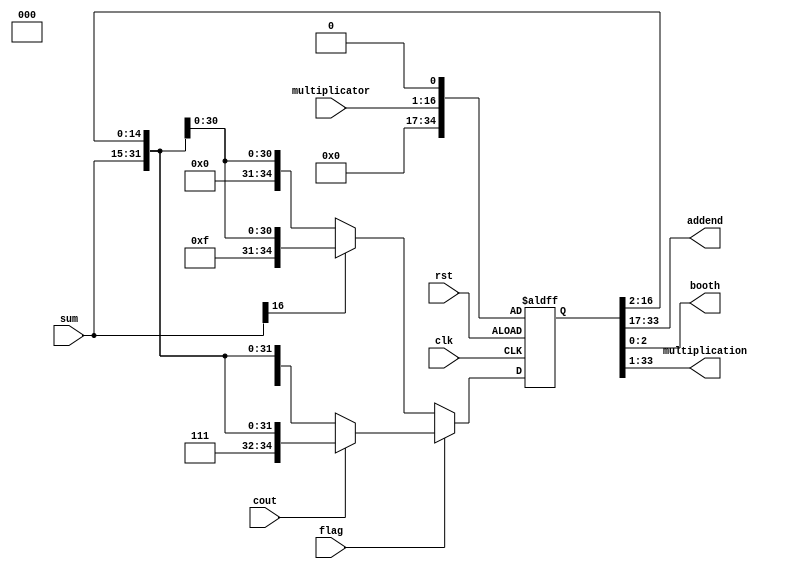
`timescale 1ns / 1ps
//////////////////////////////////////////////////////////////////////////////////
// Company: 
// Engineer: 
// 
// Design Name: 
// Module Name:    rs 
// Project Name: 
// Target Devices: 
// Tool versions: 
// Description: 
//
// Dependencies: 
//
// Revision: 
// Revision 0.01 - File Created
// Additional Comments: 
//
//////////////////////////////////////////////////////////////////////////////////
module rs(
input clk,
input rst,
input flag,
input cout,//
input[15:0] multiplicator,//
input[16:0] sum,//
output[16:0] addend,//
output[2:0] booth,
output[32:0] multiplication
    );
reg[34:0] regs;
always@(posedge clk or negedge rst)
	if(!rst)
		begin
			regs[34:17]<=18'b0;
			regs[16:1]<=multiplicator;
			regs[0]<=1'b0;
		end
	else if(flag)
		begin
			regs[34:0]<=cout?{2'b11,1'b1,sum[16:0],regs[16:2]}:{2'b00,1'b0,sum[16:0],regs[16:2]};//
		end
	else
		begin
			regs[34:0]<=sum[16]?{2'b11,1'b1,sum[16:0],regs[16:2]}:{2'b00,1'b0,sum[16:0],regs[16:2]};//
		end
assign
	addend=regs[33:17],
	booth=regs[2:0],
	multiplication=regs[33:1];
endmodule